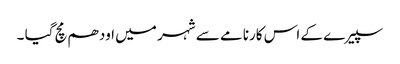
سپیرے کے اس کارنامے سے شہر میں اودھم مچ گیا ۔